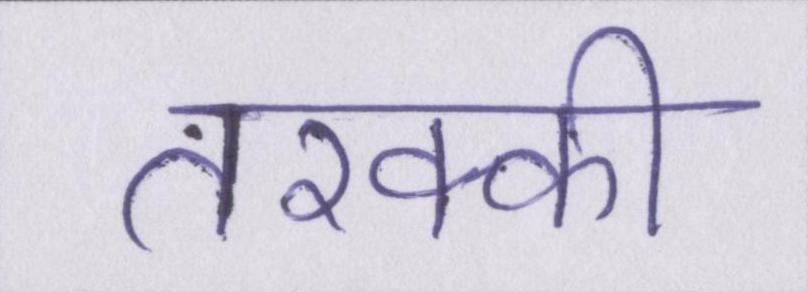
तरक्की